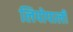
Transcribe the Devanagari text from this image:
लिपोपाली